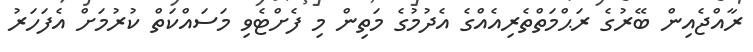
ރާއްޖެއިން ބޭރުގެ ރަޙްމަތްތެރިއެއްގެ އެދުމުގެ މަތިން މި ފެށްޓެވި މަސައްކަތް ކުރުމަށް އެފަހަރު